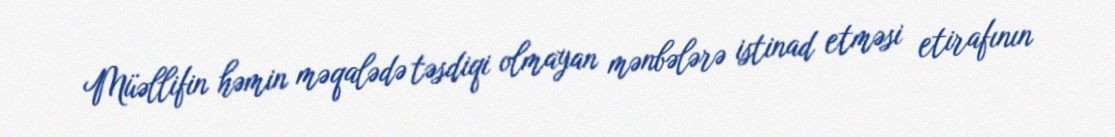
Müəllifin həmin məqalədə təsdiqi olmayan mənbələrə istinad etməsi etirafının